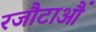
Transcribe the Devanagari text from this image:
रजौटाऔं